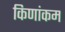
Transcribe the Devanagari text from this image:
किणांकम